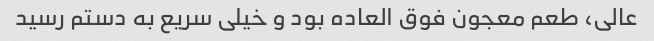
عالی، طعم معجون فوق العاده بود و خیلی سریع به دستم رسید